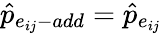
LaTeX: \hat{p}_{e_{ij}-add}=\hat{p}_{e_{ij}}